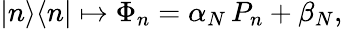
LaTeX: |n\rangle\langle n|\mapsto\Phi_{n}=\alpha_{N}\, P_{n}+\beta_{N},